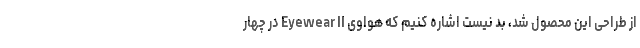
از طراحی این محصول شد، بد نیست اشاره کنیم که هواوی Eyewear II در چهار